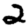
Digit: 2